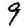
Digit: 9